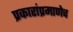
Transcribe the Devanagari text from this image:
प्रकारांप्रमाणेच